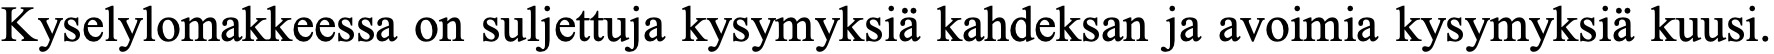
Kyselylomakkeessa on suljettuja kysymyksiä kahdeksan ja avoimia kysymyksiä kuusi.